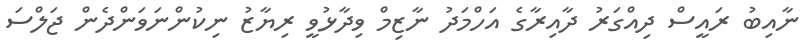
ނާއިބު ރައީސް ދިއްގަރު ދާއިރާގެ އަހްމަދު ނާޒިމް ވިދާޅުވީ ރިޔާޒު ނިކުންނަވަންދެން ޖަލްސަ